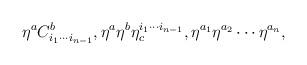
LaTeX: \begin{align*}\eta ^{a}C_{i_{1}\cdots i_{n-1}}^{b},\eta ^{a}\eta ^{b}\eta_{c}^{i_{1}\cdots i_{n-1}},\eta ^{a_{1}}\eta ^{a_{2}}\cdots \eta ^{a_{n}},\end{align*}